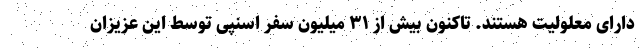
دارای معلولیت هستند. تاکنون بیش از ۳۱ میلیون سفر اسنپی توسط این عزیزان